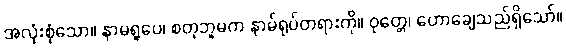
အလုံးစုံသော။ နာမရူပေ၊ စတုဘူမက နာမ်ရုပ်တရားကို။ ဝုတ္တေ၊ ဟောချေသည်ရှိသော်။